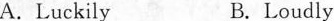
A.Luckily B. Loudly